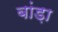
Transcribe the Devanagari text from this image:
बांड़ा